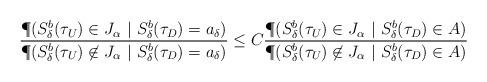
LaTeX: \begin{align*}\frac{ \P (S_\delta ^b (\tau _U) \in J_ \alpha \ |\ S_\delta ^b (\tau _D) = a_\delta)}{ \P (S_\delta ^b (\tau _U) \not\in J_ \alpha \ |\ S_\delta ^b (\tau _D)=a_\delta )}\leq C\frac{ \P (S_\delta ^b (\tau _U) \in J_ \alpha \ |\ S_\delta ^b (\tau _D) \in A)}{ \P (S_\delta ^b (\tau _U) \not\in J_ \alpha \ |\ S_\delta ^b (\tau _D) \in A )}\end{align*}